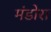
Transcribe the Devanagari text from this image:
मंडोरा